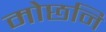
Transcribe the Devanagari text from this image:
मोछनि